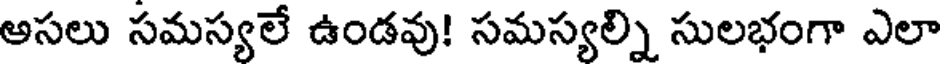
అసలు సమస్యలే ఉండవు! సమస్యల్ని సులభంగా ఎలా